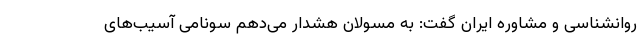
روانشناسی و مشاوره ایران گفت: به مسولان هشدار می‌دهم سونامی آسیب‌های